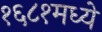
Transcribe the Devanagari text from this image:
१६८१मध्ये